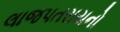
લાજપતરાયનો